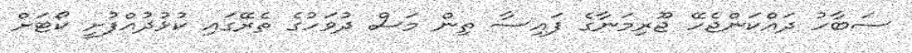
ސަބާހު ދައްކަންޖެހޭ ޖޫރިމަނާގެ ފައިސާ ތިން މަސް ދުވަހުގެ ތެރޭގައި ކުޅުދުއްފުށީ ކޯޓަށް